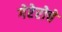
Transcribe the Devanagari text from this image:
गेरेरोचे